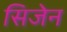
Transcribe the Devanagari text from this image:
सिजेन